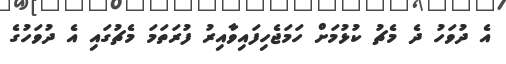
އެ ދުވަހު ދެ މެޗު ކުޅުމަށް ހަމަޖެހިފައިވާއިރު ފުރަތަމަ މެޗުގައި އެ ދުވަހުގެ